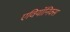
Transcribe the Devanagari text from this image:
एवियॉनिक्स